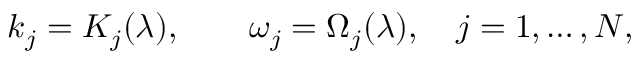
k _ { j } = { K } _ { j } ( { \boldsymbol \lambda } ) , \qquad \omega _ { j } = \Omega _ { j } ( { \boldsymbol \lambda } ) , \quad j = 1 , \dots , N ,